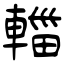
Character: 輺